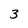
Character: 3